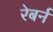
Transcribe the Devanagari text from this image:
रेबर्न